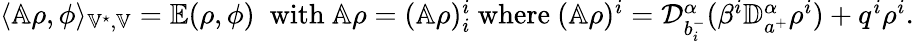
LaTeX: \begin{array}{r}{\langle\mathbb A\rho,\phi\rangle_{\mathbb V^{\star},\mathbb V}=\mathbb E(\rho,\phi)\; \mathrm{~with~}\mathbb A\rho=(\mathbb A\rho)_{i}^{i}\mathrm{~where~}(\mathbb A\rho)^{i}=\mathcal{D}_{b_{i}^{-}}^{\alpha}(\beta^{i}\mathbb{D}_{a^{+}}^{\alpha}\rho^{i})+q^{i}\rho^{i}.}\end{array}